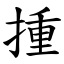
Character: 揰